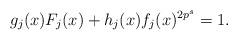
LaTeX: \begin{align*}g_j(x)F_j(x)+h_j(x)f_j(x)^{2p^s}=1.\end{align*}